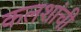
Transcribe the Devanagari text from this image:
कलशांची